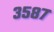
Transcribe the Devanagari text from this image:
३५८७